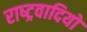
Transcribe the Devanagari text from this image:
राष्‍ट्रवादियों